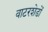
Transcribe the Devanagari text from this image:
वाटरशेडों